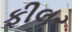
ફીલર